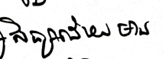
សិក្សាដោយមាន